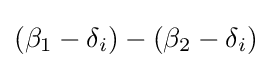
(\beta _{1}-\delta _{i})-(\beta _{2}-\delta _{i})